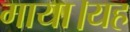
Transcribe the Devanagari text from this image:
गाया।यह